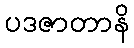
ပဒဇာတာနိ